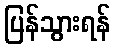
ပြန်သွားရန်